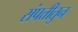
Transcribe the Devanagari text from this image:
संपत्तीतुन